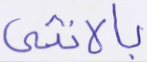
بالأنثى